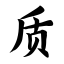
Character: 质